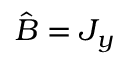
{ \hat { B } } = J _ { y }